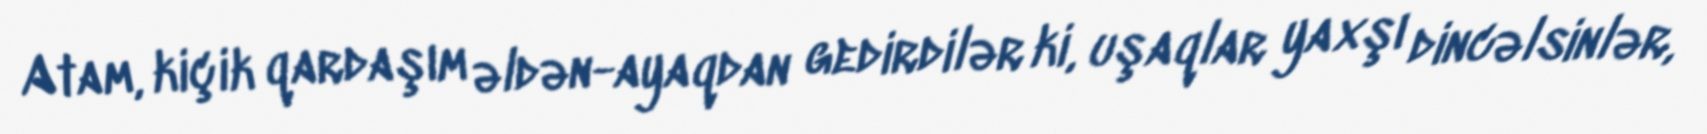
Atam, kiçik qardaşım əldən-ayaqdan gedirdilər ki, uşaqlar yaxşı dincəlsinlər,